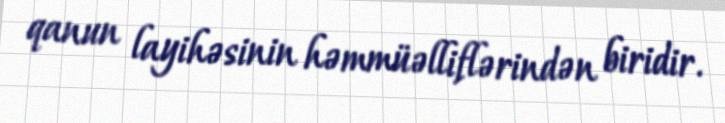
qanun layihəsinin həmmüəlliflərindən biridir.